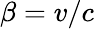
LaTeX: \beta=v/c